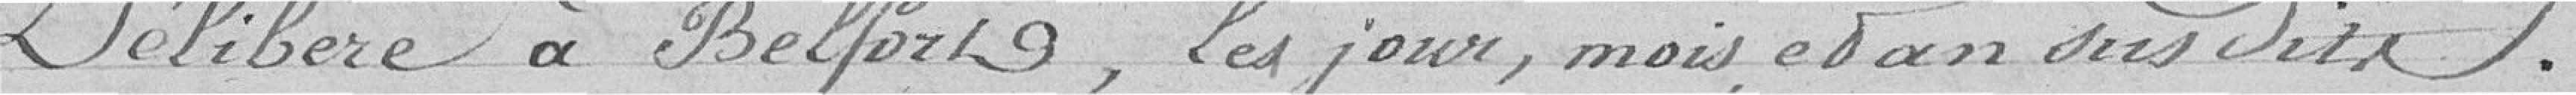
Délibéré à Belfort , les jour, mois et an susdits